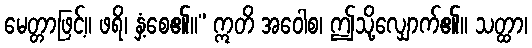
မေတ္တာဖြင့်။ ဖရိ၊ နှံ့စေ၏။” ဣတိ အဝေါစ၊ ဤသို့လျှောက်၏။ သတ္ထာ၊